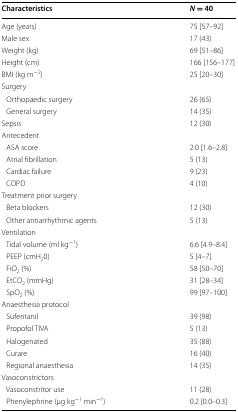
<table><thead><tr><td><b>Characteristics</b></td><td><b><i>N</i> = 40</b></td></tr></thead><tbody><tr><td>Age (years)</td><td>75 [57–92]</td></tr><tr><td>Male sex</td><td>17 (43)</td></tr><tr><td>Weight (kg)</td><td>69 [51–86]</td></tr><tr><td>Height (cm)</td><td>166 [156–177]</td></tr><tr><td>BMI (kg m<sup>−2</sup>)</td><td>25 [20–30]</td></tr><tr><td>Surgery</td><td>[EMPTY_CELL]</td></tr><tr><td> Orthopaedic surgery</td><td>26 (65)</td></tr><tr><td> General surgery</td><td>14 (35)</td></tr><tr><td>Sepsis</td><td>12 (30)</td></tr><tr><td>Antecedent</td><td>[EMPTY_CELL]</td></tr><tr><td> ASA score</td><td>2.0 [1.6–2.8]</td></tr><tr><td> Atrial fibrillation</td><td>5 (13)</td></tr><tr><td> Cardiac failure</td><td>9 (23)</td></tr><tr><td> COPD</td><td>4 (10)</td></tr><tr><td>Treatment prior surgery</td><td>[EMPTY_CELL]</td></tr><tr><td> Beta blockers</td><td>12 (30)</td></tr><tr><td> Other antiarrhythmic agents</td><td>5 (13)</td></tr><tr><td>Ventilation</td><td>[EMPTY_CELL]</td></tr><tr><td> Tidal volume (ml kg<sup>−1</sup>)</td><td>6.6 [4.9–8.4]</td></tr><tr><td> PEEP (cmH<sub>2</sub>0)</td><td>5 [4–7]</td></tr><tr><td> FiO<sub>2</sub> (%)</td><td>58 [50–70]</td></tr><tr><td> EtCO<sub>2</sub> (mmHg)</td><td>31 [28–34]</td></tr><tr><td> SpO<sub>2</sub> (%)</td><td>99 [97–100]</td></tr><tr><td>Anaesthesia protocol</td><td>[EMPTY_CELL]</td></tr><tr><td> Sufentanil</td><td>39 (98)</td></tr><tr><td> Propofol TIVA</td><td>5 (13)</td></tr><tr><td> Halogenated</td><td>35 (88)</td></tr><tr><td> Curare</td><td>16 (40)</td></tr><tr><td> Regional anaesthesia</td><td>14 (35)</td></tr><tr><td>Vasoconstrictors</td><td>[EMPTY_CELL]</td></tr><tr><td> Vasoconstritor use</td><td>11 (28)</td></tr><tr><td> Phenylephrine (μg kg<sup>−1</sup> min<sup>−1</sup>)</td><td>0.2 [0.0–0.3]</td></tr></tbody></table>